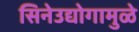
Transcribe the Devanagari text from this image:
सिनेउद्योगामुळे